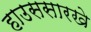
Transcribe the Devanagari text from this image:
हाउससारखे